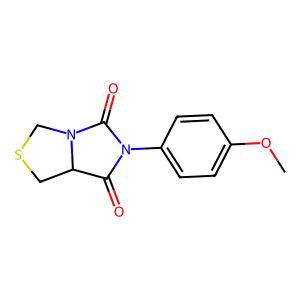
SMILES: COc1ccc(N2C(=O)C3CSCN3C2=O)cc1
Inhibits HIV replication: No